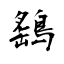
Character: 鷂